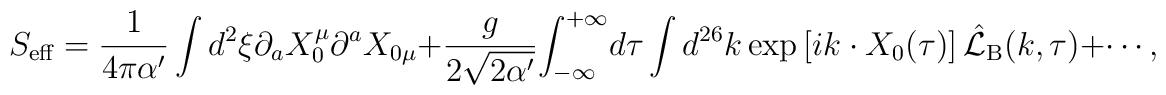
{S_{\mbox{\scriptsize eff}}}={1\over{4\pi\alpha'}}\int{d^2}\xi{\partial_a}{X_0^\mu}{\partial^a}{X_{0\mu}}+{g\over{2\sqrt{2\alpha'}}}{\int_{-\infty}^{+\infty}}d\tau\int{d^{26}}k\exp\left[ik\cdot{X_0}(\tau)\right]{\hat{\mathcal{L}}_{\mbox{\scriptsize B}}}(k,\tau)+\cdots,